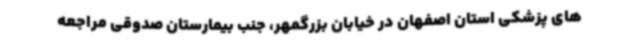
های پزشکی استان اصفهان در خیابان بزرگمهر، جنب بیمارستان صدوقی مراجعه